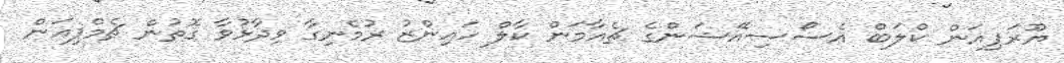
ޔޫރަޕިއަން ކްލަބް އެސޯސިއޭޝަންގެ ޗެއާމަން ކާލް ހައިންޒު ރުމެނިގާ ވިދާޅުވާ ގޮތުން ޗެމްޕިއަން